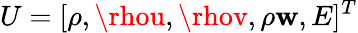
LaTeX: U=[\rho,\rhou,\rhov,\rho\mathbf{w},E]^{T}